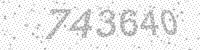
Solution: 743640